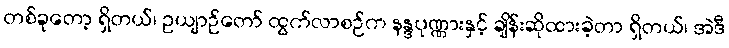
တစ်ခုတော့ ရှိတယ်၊ ဥယျာဉ်တော် ထွက်လာစဉ်က နန္ဒပုဏ္ဏားနှင့် ချိန်းဆိုထားခဲ့တာ ရှိတယ်၊ အဲဒီ